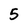
Character: 5